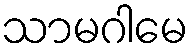
သာမဂါမေ